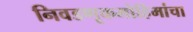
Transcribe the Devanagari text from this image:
निवडणूकमोहिमांचा